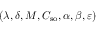
( \lambda , \delta , M , C _ { \mathrm { s o } } , \alpha , \beta , \varepsilon )